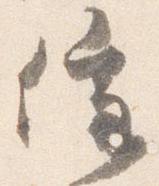
催